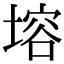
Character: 塎